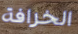
الخرافة